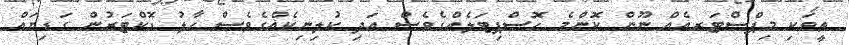
ތީވަކި މިޕްސްޓަރއެއް ނޫން ކޮންމެ ހޮސްޕިޓަލެއްގެވެސް އަދި ކުލިނިކެއްގެވެސް ހާލު ޑޮކްޓަރުން ގަޑިޔައް